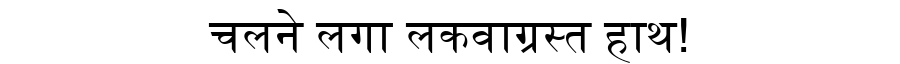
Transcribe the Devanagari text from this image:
चलने लगा लकवाग्रस्त हाथ!